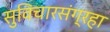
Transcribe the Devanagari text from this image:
सुविचारसंग्रहा